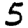
Digit: 5